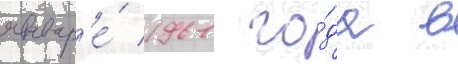
январ'е́ 1961 го́да в